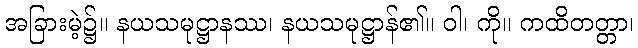
အခြားမဲ့၌။ နယသမုဋ္ဌာနဿ၊ နယသမုဋ္ဌာန်၏။ ဝါ၊ ကို။ ကထိတတ္တာ၊